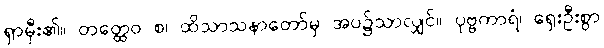
ရှာမှီး၏။ တတ္ထေဝ စ၊ ထိသာသနာတော်မှ အပ၌သာလျှင်။ ပုဗ္ဗကာရံ၊ ရှေးဦးစွာ